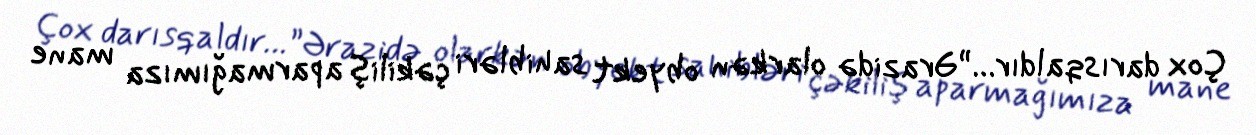
Çox darısqaldır…”Ərazidə olarkən obyekt sahibləri çəkiliş aparmağımıza mane